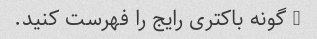
5 گونه باکتری رایج را فهرست کنید.